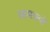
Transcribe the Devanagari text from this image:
सामग्रयों